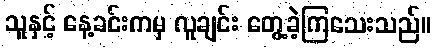
သူနှင့် နေ့ခင်းကမှ လူချင်း တွေ့ခဲ့ကြသေးသည်။